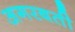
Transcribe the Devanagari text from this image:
अगरबती